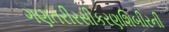
ગણતરીરસીકરણશિબીરની